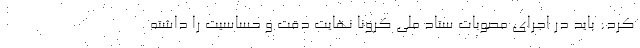
کرد: باید در اجرای مصوبات ستاد ملی کرونا نهایت دقت و حساسیت را داشته